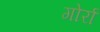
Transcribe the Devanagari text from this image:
गोर्रा